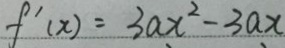
f ^ { \prime } ( x ) = 3 a x ^ { 2 } - 3 a x